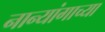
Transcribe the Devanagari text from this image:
नान्यांगाच्या